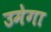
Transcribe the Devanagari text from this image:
उमेगा